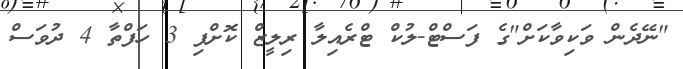
"ނޭދެން ވަކިވާކަށް"ގެ ފަސްޓް-ލުކް ޓްރެއިލާ ރިލީޒް ކޮށްފި 3 ހަފްތާ 4 ދުވަސް